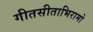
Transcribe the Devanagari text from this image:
गीतसीताभिरामो